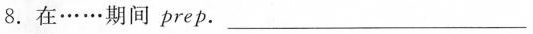
8. 在 … … 期间 prep. ___